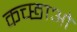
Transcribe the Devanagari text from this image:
कच्छाओं